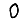
Digit: 0